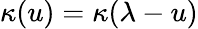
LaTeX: \kappa(u)=\kappa(\lambda-u)